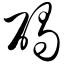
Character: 碣